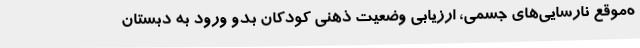
ه‌موقع نارسایی‌های جسمی، ارزیابی وضعیت ذهنی کودکان بدو ورود به دبستان